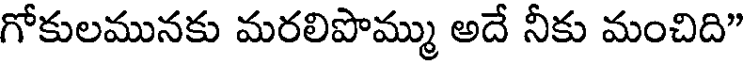
గోకులమునకు మరలిపొమ్ము అదే నీకు మంచిది"